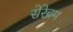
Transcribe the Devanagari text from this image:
सेरेब्रम